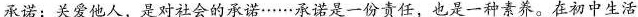
承诺；关爱他人，是对社会的承诺……承诺是一份责任，也是一种素养。在初中生活